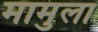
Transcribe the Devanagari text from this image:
मामुला